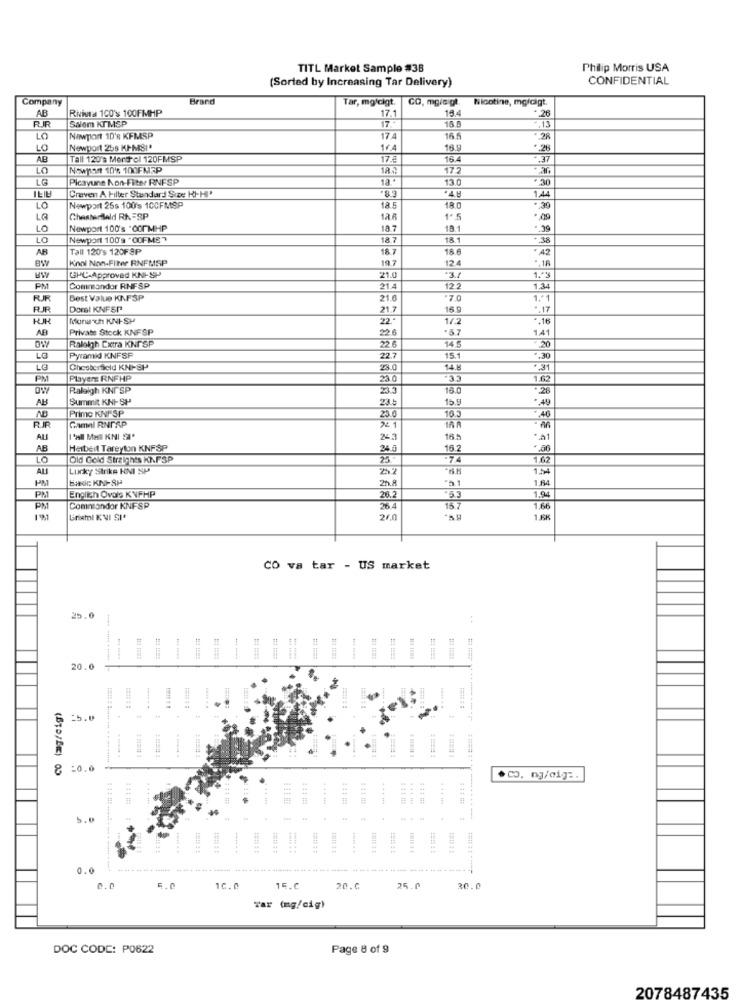
TITL Market Sample #38
Philip Morris USA
(Sorted by Increasing Tar Delivery)
CONFIDENTIAL
Company
Brand
Tar, mgfcigt.
CO, mgic gt.
Nicotine, mgldigt.
AB
Rivista 100's 100FMHP
17.1
15
Salem KTMSP
17.
16.5
.13
LO
Newport 10'R KFMSP
17.4
16
*. 28
LO
Newport 258 KIMSI'
164
Tall 120's Mert el 120FMSP
17.5
16
.37
LO
Nownyt 10% 100FMEP
18 :
17.2
LG
Picayune Non-Filter RNFSP
13.0
+30
Craven A Filter Standard Size KI-HIP
LO
Newport 25s 100's 100FMSP
18.0
LA
Chesterfield RK =SP
LO
Newport 100's :00PMHP
18.1
LO
Newport 100'9 "OOFMS"
181
- 38
AB
Tall 120's 120FSP
18.7
18 6
+ 42
Koni Non-FItwee RNFMSP
197
124
.. 18
21.0
GHC-Approved KNI-SP
1.ª3
PM
Cominandor RHFSP
21.4
1.34
FUR
Best Value KNF SP
21.0
*7.0
1.1
DomI KNFSP
21.7
16.9
. 17
Mura ch KNI-SH
22 .*
14.2
*. 16
AB
Private Stock KNFSP
226
.87
1.41
OW
taleigh Extra KNI SP
22
14.5
20
JE .
LG
Pyramid KNFSP
22.7
15.1
LG
Chesterfield KNF-SH
23.0
14.8
+ 31
PM
Players RNFHP
23.0
.35
1.62
BW
Raleigh KNF SP
16.0
28
AB
Summit KNI-SP'
23.5
15.9
.. 49
Primo KNPSP
23. 0
16.3
.46
RJR
Gamal RNPAP
×4 1
ALS
24.3
16.5
AB
Heibeit Tareyton KNFSP
24.0
16.2
LO
Old Gold Straights KNFSP
25
1.62
ALI
Lucky Strike HNI SP
1.54
PM
"a.1
1.64
PM
English Ovals KNFHP
26.2
1.94
PM
Commondor KNIFSP
26.4
15.7
1.6
1281
Gristl KVI SI*
260
1.ÆR
CO
VA
tar - US market
25.0
20.0
(mg/cig)
=5.0
=0.0
. co. ng/cig :.
.....
5.0
4
0.0
0.0
5.0
10.0
15.C
20.6
25.0
30.0
Tar (mg/cig)
DOC CODE: P0622
Page 8 of 9
2078487435